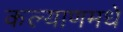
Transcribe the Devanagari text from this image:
कल्याणमधे